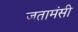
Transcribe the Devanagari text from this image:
जतामंसी